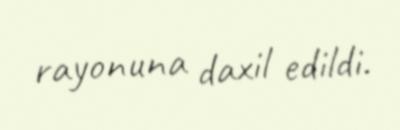
rayonuna daxil edildi.